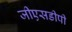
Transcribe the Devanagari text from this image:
जीएसडीपी